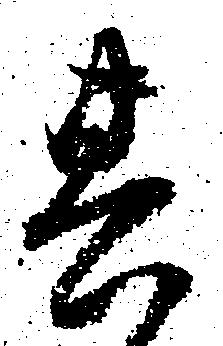
其